Civil Veterinary Department. Madras. Admin. report 1926-33 - 1926-1933
Year: 1926
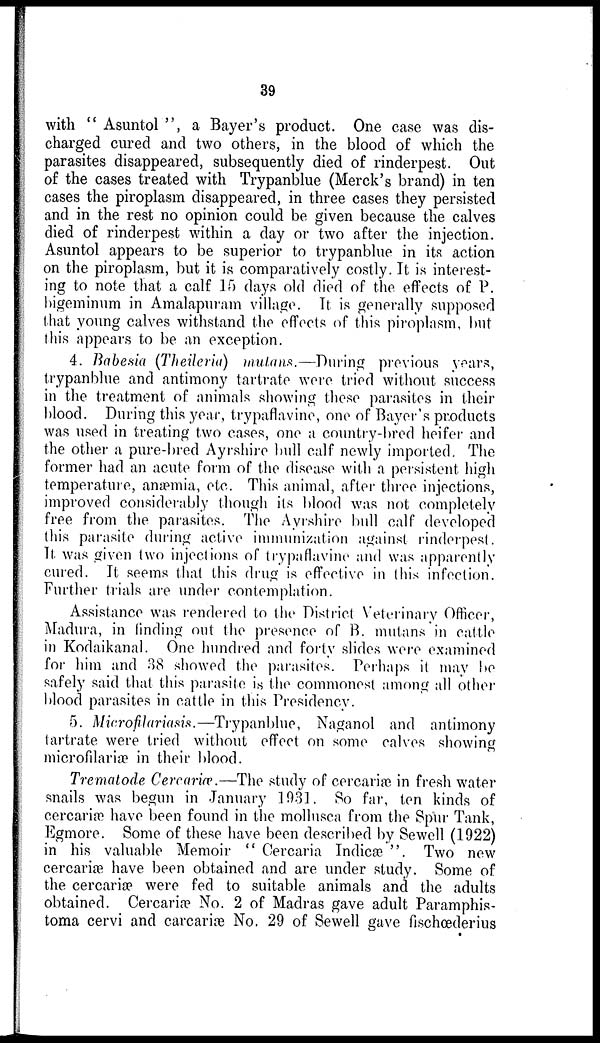
39
with " Asuntol ", a Bayer's product. One case was dis-
charged cured and two others, in the blood of which the
parasites disappeared, subsequently died of rinderpest. Out
of the cases treated with Trypanblue (Merck's brand) in ten
cases the piroplasm disappeared, in three cases they persisted
and in the rest no opinion could be given because the calves
died of rinderpest within a day or two after the injection.
Asuntol appears to be superior to trypanblue in its action
on the piroplasm, but it is comparatively costly. It is interest-
ing to note that a calf 15 days old died of the effects of P.
bigeminum in Amalapuram village. It is generally supposed
that young calves withstand the effects of this piroplasm, but
this appears to be an exception.
4. Babesia (Theileria) mutans.—During previous years,
trypanblue and antimony tartrate were tried without success
in the treatment of animals showing these parasites in their
blood. During this year, trypaflavine, one of Bayer's products
was used in treating two cases, one a country-bred heifer and
the other a pure-bred Ayrshire bull calf newly imported. The
former had an acute form of the disease with a persistent high
temperature, anæmia, etc. This animal, after three injections,
improved considerably though its blood was not completely
free from the parasites. The Ayrshire bull calf developed
this parasite during active immunization against rinderpest.
It was given two injections of trypaflavine and was apparently
cured. It seems that this drug is effective in this infection.
Further trials are under contemplation.
Assistance was rendered to the District Veterinary Officer,
Madura, in finding out the presence of B. mutans in cattle
in Kodaikanal. One hundred and forty slides were examined
for him and 38 showed the parasites. Perhaps it may be
safely said that this parasite is the commonest among all other
blood parasites in cattle in this Presidency.
5. Microfilariasis.—Trypanblue, Naganol and antimony
tartrate were tried without effect on some calves showing
microfilariæ in their blood.
Trematode Cercariæ.—The study of cercariæ in fresh water
snails was begun in January 1931. So far, ten kinds of
cercariæ have been found in the mollusca from the Spur Tank,
Egmore. Some of these have been described by Sewell (1922)
in his valuable Memoir " Cercaria Indicæ ". Two new
cercariæ have been obtained and are under study. Some of
the cercariæ were fed to suitable animals and the adults
obtained. Cercariæ No. 2 of Madras gave adult Paramphis-
toma cervi and carcariæ No. 29 of Sewell gave fischœderius